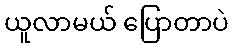
ယူလာမယ် ပြောတာပဲ